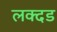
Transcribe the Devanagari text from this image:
लक्दड